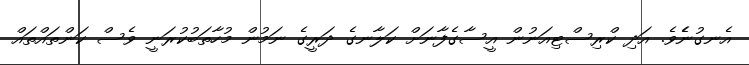
އެނގުނެެވެ. އަދި ކްރިސްޓިއަނުން އީސާގެފާނަށް ކަލާނގެ ދަރީގެ ނަމުން މުހާތަބުކުރަނީ ވެސް ކަންތައްތައް